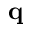
\mathbf { q }